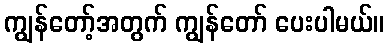
ကျွန်တော့်အတွက် ကျွန်တော် ပေးပါမယ်။